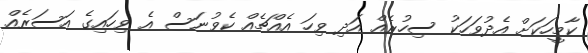
ކާމީހަކަށް އެދުވަހަކު ސިހުރެއް އަދި ވިހަ އެއްޗެއް ކެވުނަސް އެ ވިހައިގެ އަސަރެއް